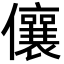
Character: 儴